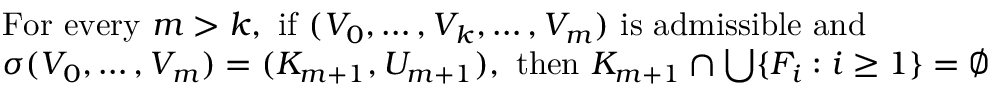
\begin{array} { r l } & { \mathrm { F o r ~ e v e r y ~ } m > k \mathrm { , ~ i f ~ } ( V _ { 0 } , \ldots , V _ { k } , \ldots , V _ { m } ) \mathrm { ~ i s ~ a d m i s s i b l e ~ a n d ~ } } \\ & { \sigma ( V _ { 0 } , \ldots , V _ { m } ) = ( K _ { m + 1 } , U _ { m + 1 } ) \mathrm { , ~ t h e n ~ } K _ { m + 1 } \cap \bigcup \{ F _ { i } : i \geq 1 \} = \emptyset } \end{array}